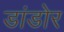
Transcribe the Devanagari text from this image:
डांडोर